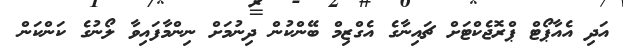
އަދި އެއާޕޯޓް ޕްރޮޖެކްޓަށް ޗައިނާގެ އެގްޒިމް ބޭންކުން ދިނުމަށް ނިންމާފައިވާ ލޯނުގެ ކަންކަން